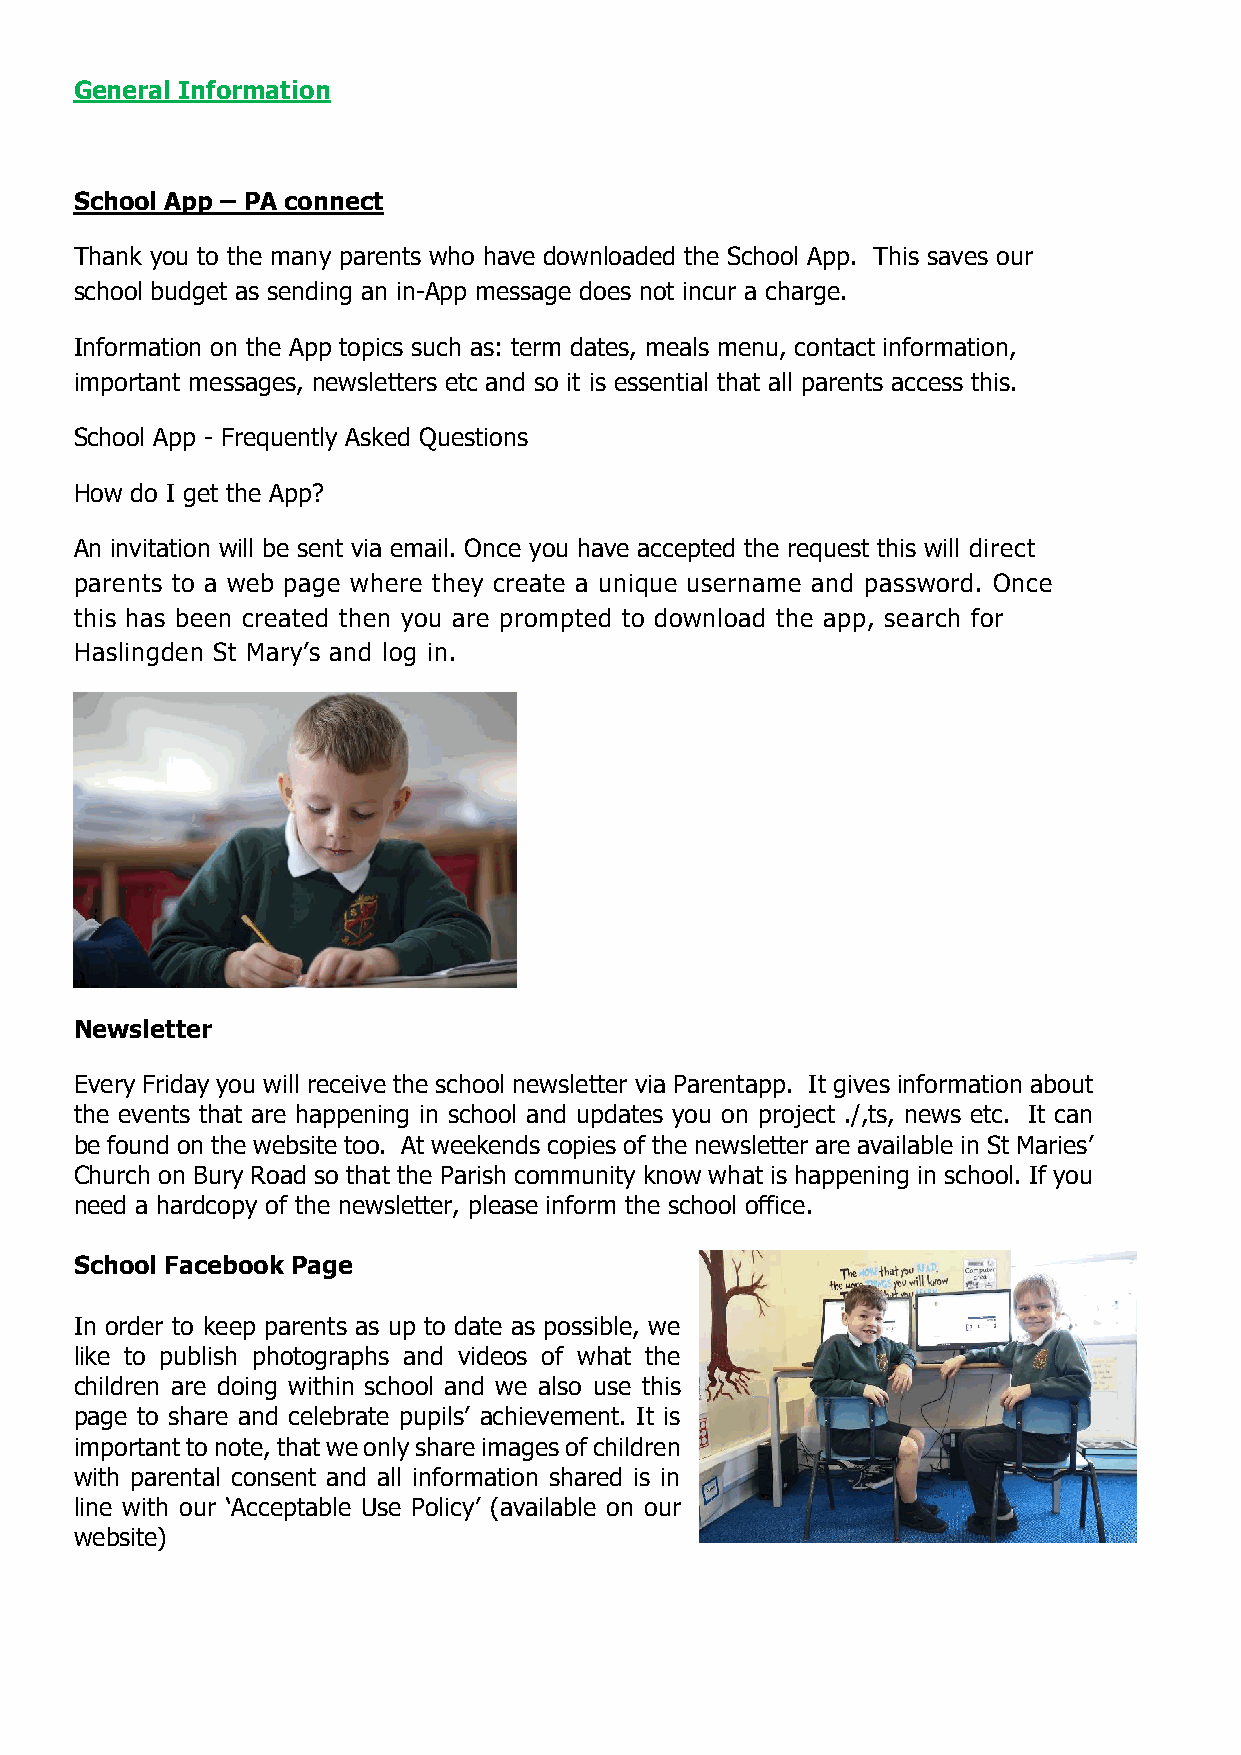
General Information
 School App – PA connect
 Thank you to the many parents who have downloaded the School App. This saves our
 school budget as sending an in-App message does not incur a charge.
 Information on the App topics such as: term dates, meals menu, contact information,
 important messages, newsletters etc and so it is essential that all parents access this.
 School App - Frequently Asked Questions
 How do I get the App?
 An invitation will be sent via email. Once you have accepted the request this will direct
 parents to a web page where they create a unique username and password. Once
 this has been created then you are prompted to download the app, search for
 Haslingden St Mary’s and log in.
 Newsletter
 Every Friday you will receive the school newsletter via Parentapp. It gives information about
 the events that are happening in school and updates you on project ./,ts, news etc. It can
 be found on the website too. At weekends copies of the newsletter are available in St Maries’
 Church on Bury Road so that the Parish community know what is happening in school. If you
 need a hardcopy of the newsletter, please inform the school office.
 School Facebook Page
 In order to keep parents as up to date as possible, we
 like to publish photographs and videos of what the
 children are doing within school and we also use this
 page to share and celebrate pupils’ achievement. It is
 important to note, that we only share images of children
 with parental consent and all information shared is in
 line with our ‘Acceptable Use Policy’ (available on our
 website)